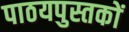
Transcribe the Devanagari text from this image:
पाठयपुस्तकों